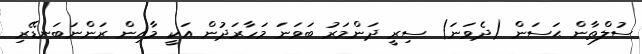
ސުލްޠާން ޙަސަން (ދެވަނަ) ސިރީ ދަންމަރު ބަވަނަ މަހާރަދުން އަކީ މާއިން ރަންނަބަނޑޭރި